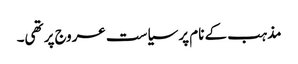
مذہب کے نام پر سیاست عروج پر تھی۔